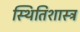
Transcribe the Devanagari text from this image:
स्थितिशास्त्र